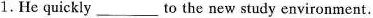
1. He quickly ___ to the new study environment.